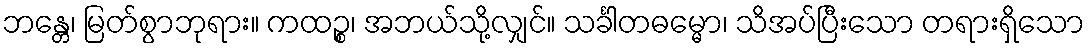
ဘန္တေ၊ မြတ်စွာဘုရား။ ကထဉ္စ၊ အဘယ်သို့လျှင်။ သင်္ခါတဓမ္မော၊ သိအပ်ပြီးသော တရားရှိသော